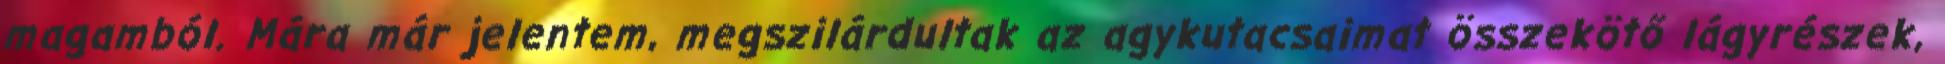
magamból. Mára már jelentem, megszilárdultak az agykutacsaimat összekötő lágyrészek,